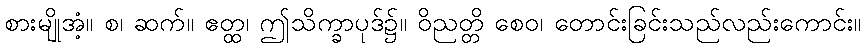
စားမျိုအံ့။ စ၊ ဆက်။ ဧတ္ထ၊ ဤသိက္ခာပုဒ်၌။ ဝိညတ္တိ စေဝ၊ တောင်းခြင်းသည်လည်းကောင်း။